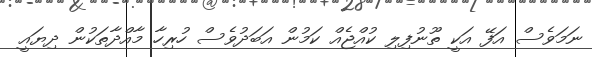
ނަމަވެސް އަފޭ އަކީ ތޫނުފިލި ކުއްޖެއް ކަމުން އަބަދުވެސް ހުރިހާ މާއްދާތަކުން ދިޔައީ